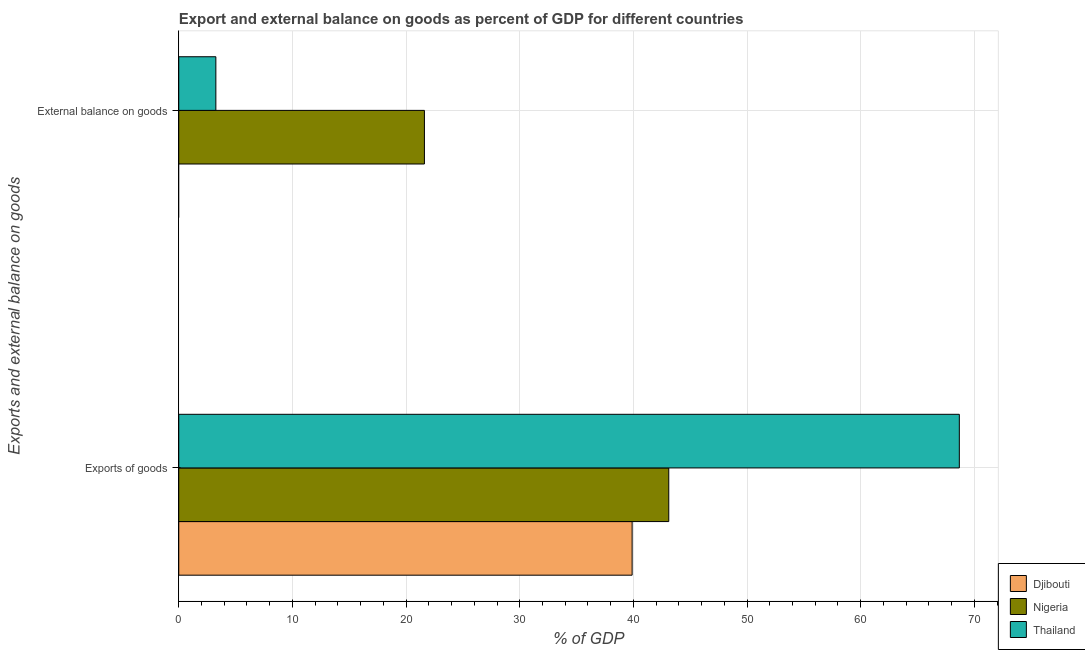
| Exports and external balance on goods | Djibouti | Nigeria | Thailand |
 | --- | --- | --- | --- |
 | Exports of goods | 39.9 | 43.1 | 68.7 |
 | External balance on goods | -17.4 | 21.6 | 3.26 |